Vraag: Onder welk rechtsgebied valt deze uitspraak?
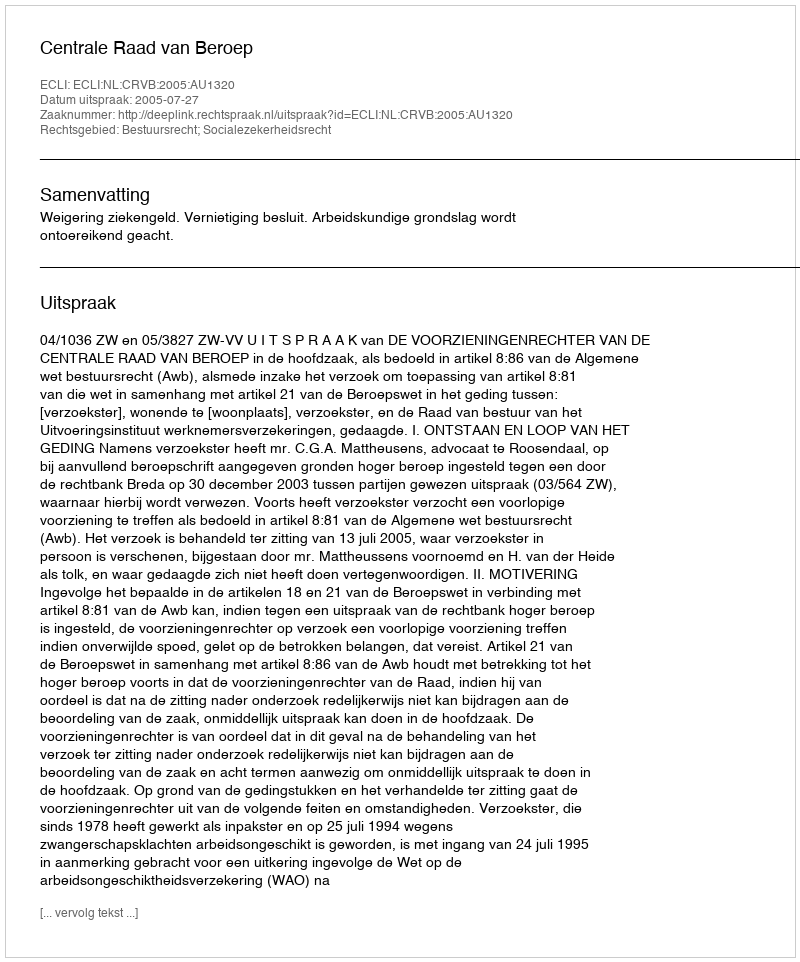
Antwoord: Bestuursrecht; Socialezekerheidsrecht